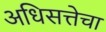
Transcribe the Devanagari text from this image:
अधिसत्तेचा